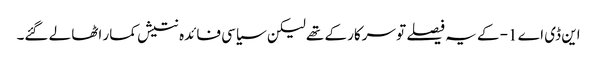
این ڈی اے 1- کے یہ فیصلے تو سرکار کے تھے لیکن سیاسی فائدہ نتیش کمار اٹھا لے گئے۔